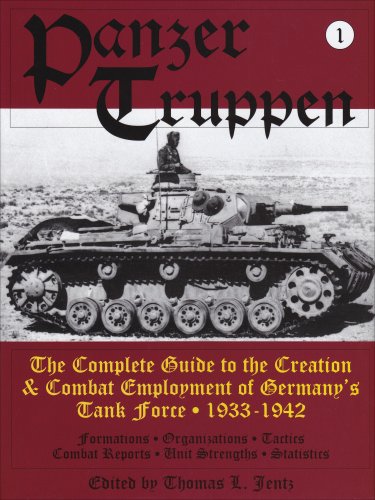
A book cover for Panzertruppen: The Complete Guide to the Creation & Combat Employment of Germanys Tank Force  1933-1942 (Schiffer military history) (v. 1); Thomas L. Jentz; History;